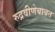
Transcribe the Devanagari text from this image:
रुद्रवीणेबाबत